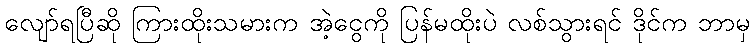
လျော်ရပြီဆို ကြားထိုးသမားက အဲ့ငွေကို ပြန်မထိုးပဲ လစ်သွားရင် ဒိုင်က ဘာမှ